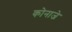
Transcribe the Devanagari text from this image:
कोनाजे